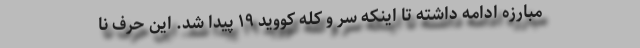
مبارزه ادامه داشته تا اینکه سر و کله کووید ١٩ پیدا شد. این حرف نا